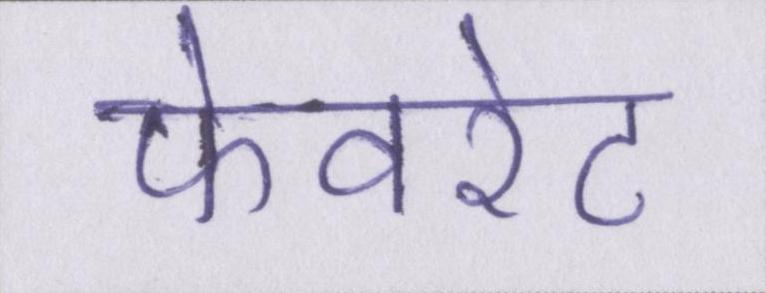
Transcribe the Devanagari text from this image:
फेवरेट